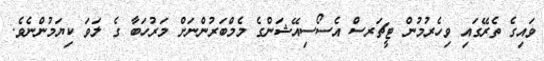
ވައިގެ ތެރޭގައި ވިހެރުމުން ޓީޗަރސް އެސޯސިއޭޝަންގެ މެމްބަރުންނަށް މަރުހަބާ ގެ ލަވަ ކިޔަމުންނެވެ.